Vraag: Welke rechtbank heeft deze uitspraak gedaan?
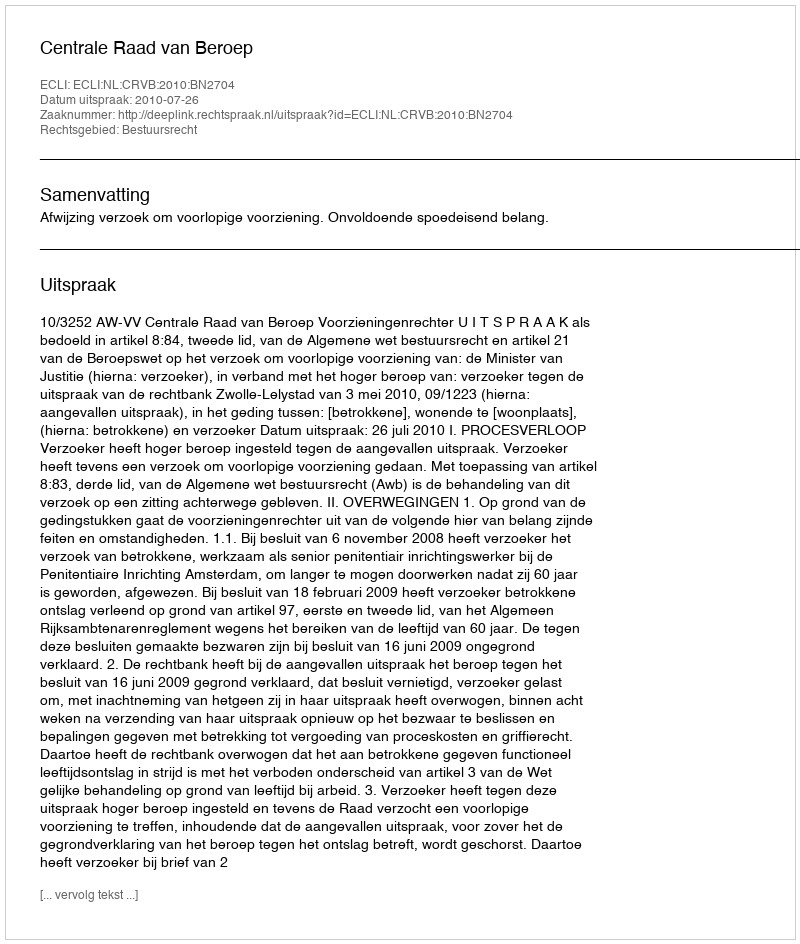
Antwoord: Centrale Raad van Beroep